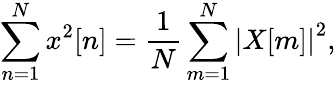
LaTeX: \sum_{n=1}^{N}{x^{2}[n]}={\frac{1}{N}}\sum_{m=1}^{N}\left|X[m]\right|^{2},